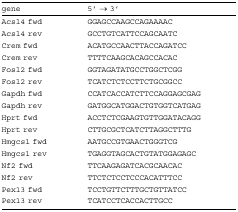
<table><thead><tr><td><b>gene</b></td><td><b>5&#x27; → 3&#x27;</b></td></tr></thead><tbody><tr><td>Acsl4 fwd</td><td>GGAGCCAAGCCAGAAAAC</td></tr><tr><td>Acsl4 rev</td><td>GCCTGTCATTCCAGCAATC</td></tr><tr><td>Crem fwd</td><td>ACATGCCAACTTACCAGATCC</td></tr><tr><td>Crem rev</td><td>TTTTCAAGCACAGCCACAC</td></tr><tr><td>Fosl2 fwd</td><td>GGTAGATATGCCTGGCTCGG</td></tr><tr><td>Fosl2 rev</td><td>TCATCTCTCCTTCTGCGGCC</td></tr><tr><td>Gapdh fwd</td><td>CCATCACCATCTTCCAGGAGCGAG</td></tr><tr><td>Gapdh rev</td><td>GATGGCATGGACTGTGGTCATGAG</td></tr><tr><td>Hprt fwd</td><td>ACCTCTCGAAGTGTTGGATACAGG</td></tr><tr><td>Hprt rev</td><td>CTTGCGCTCATCTTAGGCTTTG</td></tr><tr><td>Hmgcs1 fwd</td><td>AATGCCGTGAACTGGGTCG</td></tr><tr><td>Hmgcs1 rev</td><td>TGAGGTAGCACTGTATGGAGAGC</td></tr><tr><td>Nf2 fwd</td><td>TTCAAGAGATCACGCAACAC</td></tr><tr><td>Nf2 rev</td><td>TTCTCTCCTCCCACATTTCC</td></tr><tr><td>Pex13 fwd</td><td>TCCTGTTCTTTGCTGTTATCC</td></tr><tr><td>Pex13 rev</td><td>TCATCCTCACCACTTGCC</td></tr></tbody></table>